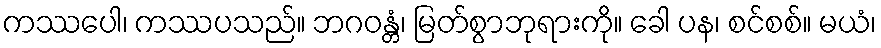
ကဿပေါ၊ ကဿပသည်။ ဘဂဝန္တံ၊ မြတ်စွာဘုရားကို။ ခေါ ပန၊ စင်စစ်။ မယံ၊